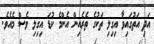
އަދި އަތުގައިވާ އިގިލި ތަކުގެ ތެރެއިން އެންމެ ކުޑަ އިގިލި ވެސް މެއެވެ.